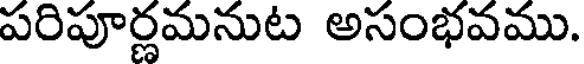
పరిపూర్ణమనుట అసంభవము.